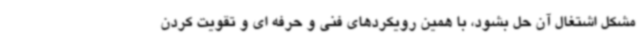
مشکل اشتغال آن حل بشود، با همین رویکردهای فنی و حرفه ای و تقویت کردن